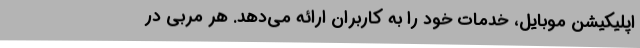
اپلیکیشن موبایل، خدمات خود را به کاربران ارائه می‌دهد. هر مربی در